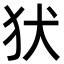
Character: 犾